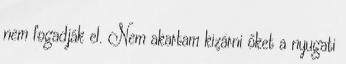
nem fogadják el. Nem akartam kizárni őket a nyugati